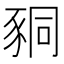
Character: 𧱁